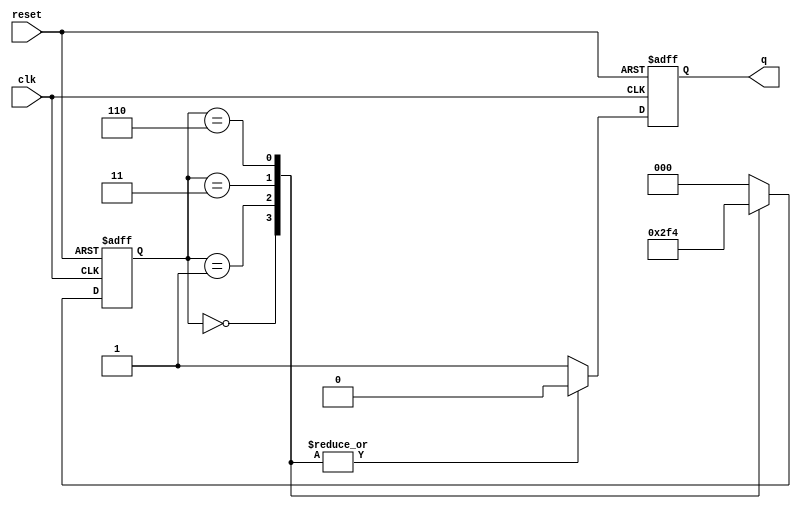
module johnson_counter_clock_divider (
  input wire clk,
  input wire reset,
  output reg q
);

reg [2:0] counter;

always @(posedge clk or posedge reset) begin
  if (reset) begin
    counter <= 3'b000;
    q <= 1'b0;
  end else begin
    case (counter)
      3'b000: begin
        counter <= 3'b001;
        q <= 1'b0;
      end
      3'b001: begin
        counter <= 3'b011;
        q <= 1'b0;
      end
      3'b011: begin
        counter <= 3'b110;
        q <= 1'b0;
      end
      3'b110: begin
        counter <= 3'b100;
        q <= 1'b0;
      end
      default: begin
        counter <= 3'b000;
        q <= 1'b1;
      end
    endcase
  end
end

endmodule